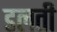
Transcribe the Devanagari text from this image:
डलती